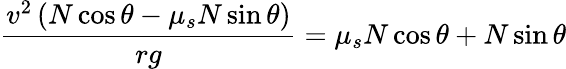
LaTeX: {\frac{v^{2}\left(N\cos\theta-\mu_{s}N\sin\theta\right)}{rg}}=\mu_{s}N\cos\theta+N\sin\theta